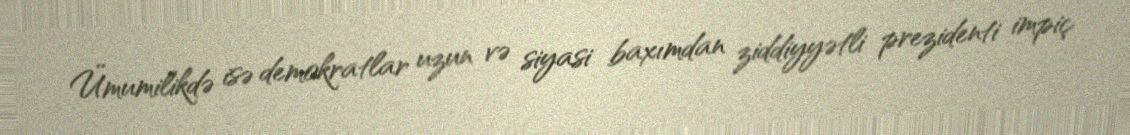
Ümumilikdə isə demokratlar uzun və siyasi baxımdan ziddiyyətli prezidenti impiç